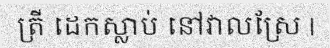
ត្រី ដេកស្លាប់ នៅវាលស្រែ |